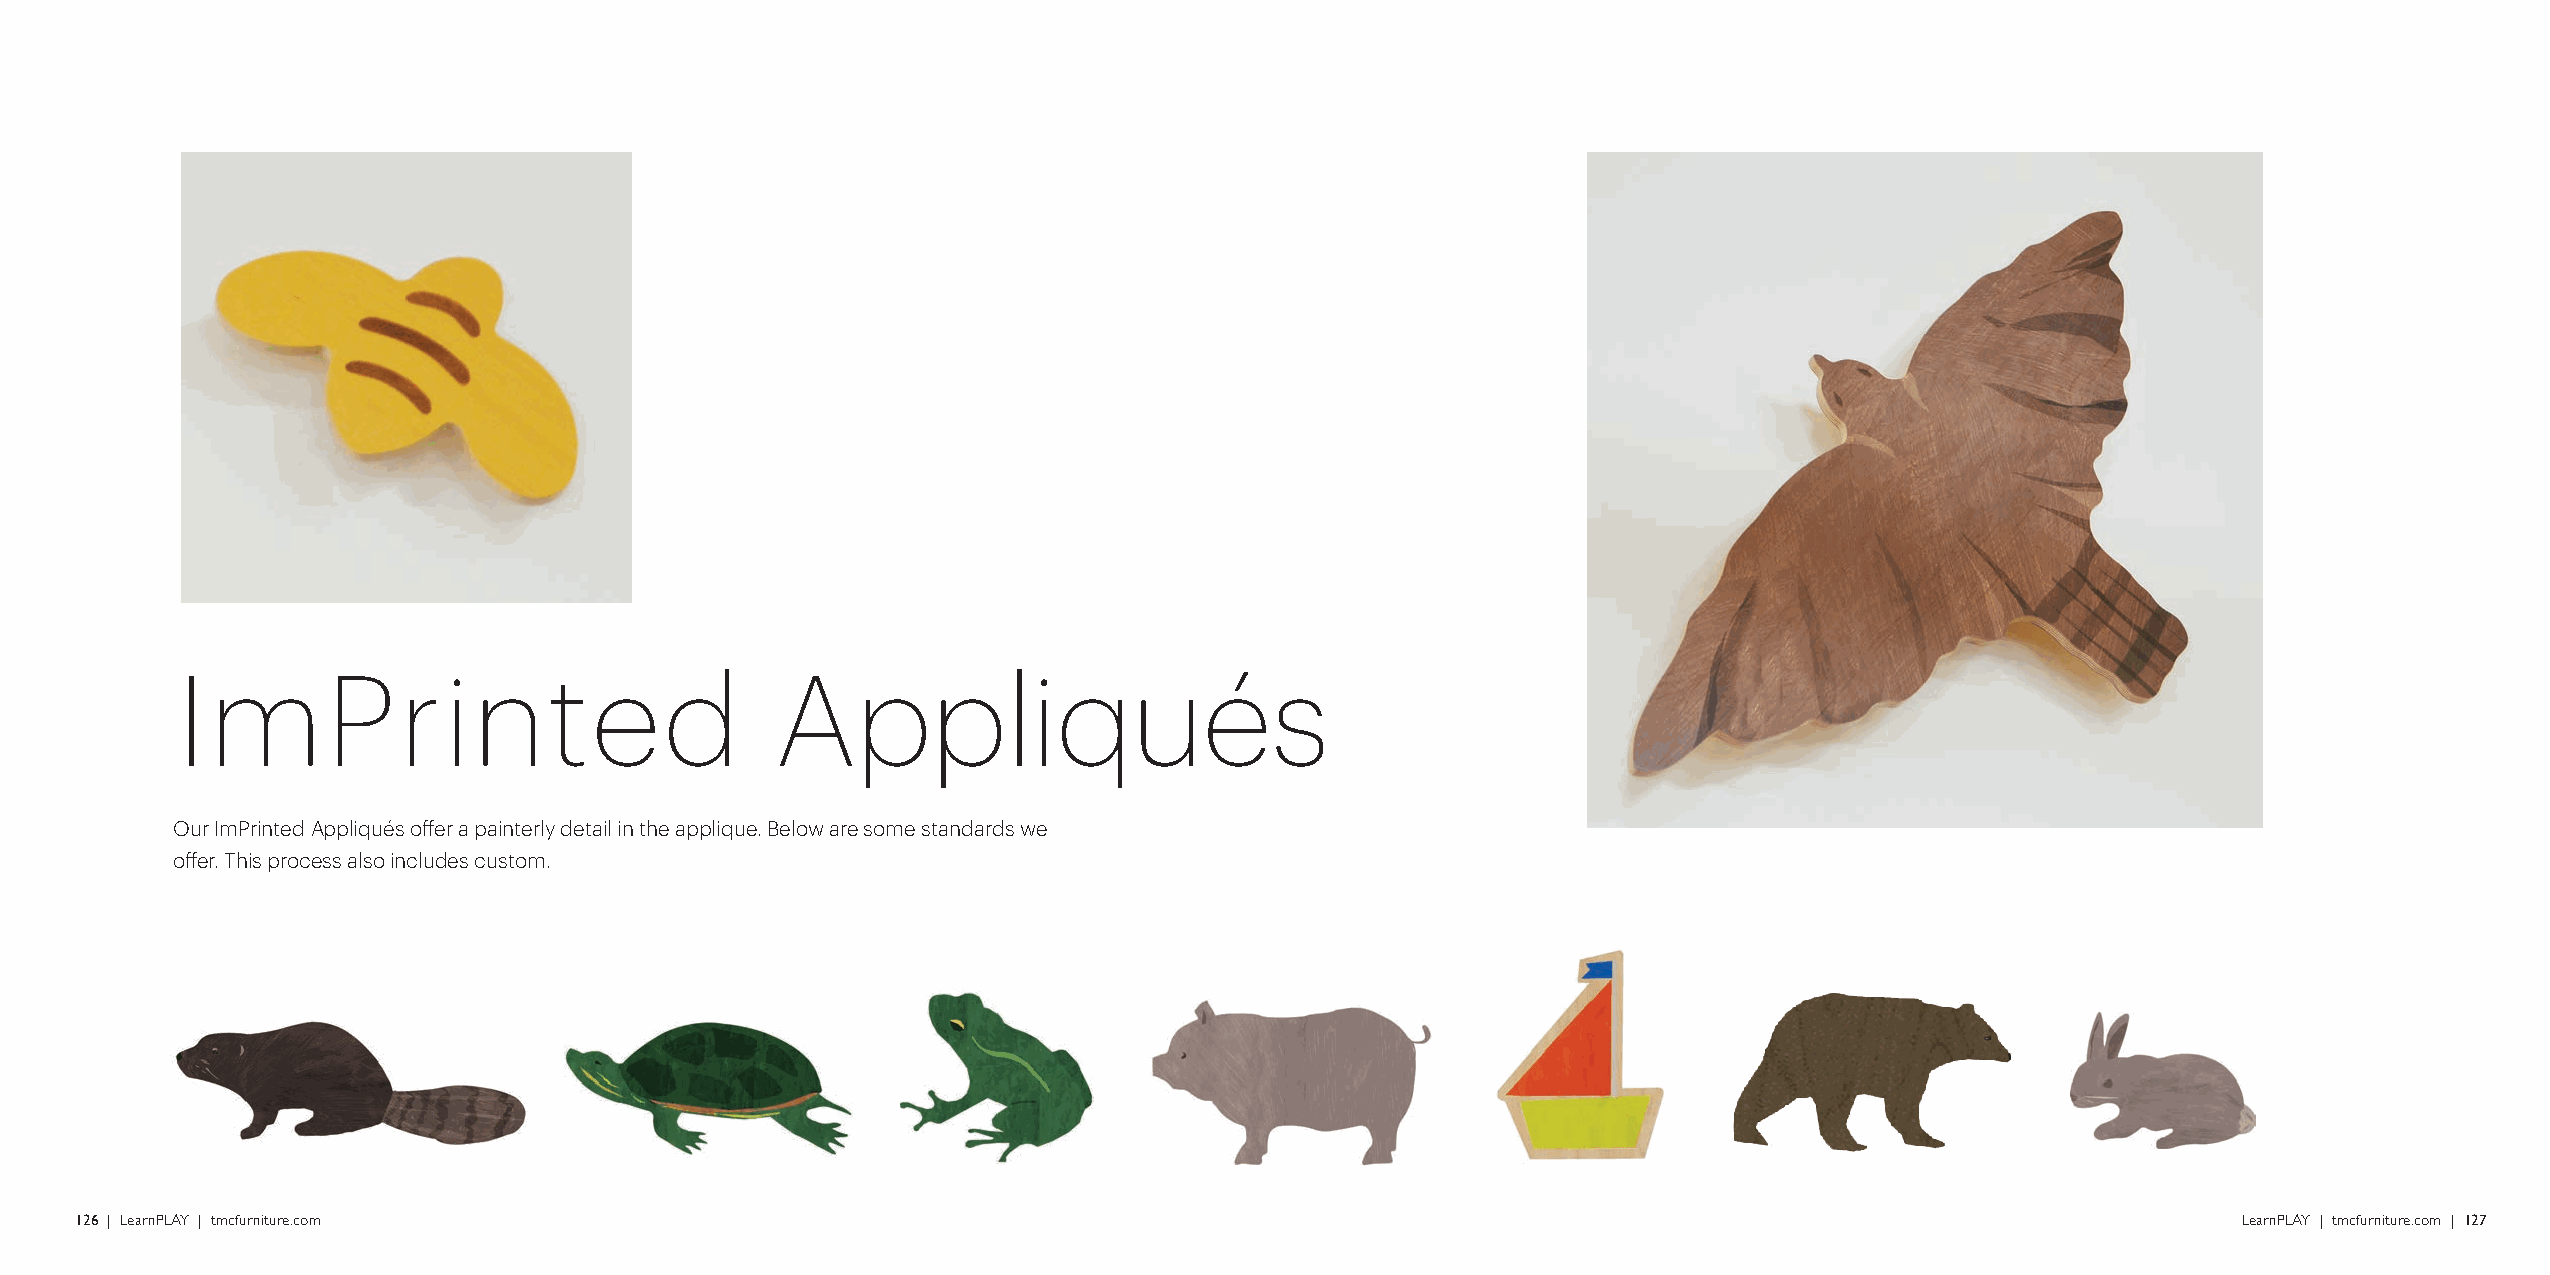
ImPrinted                              Appliqués
 Our ImPrinted Appliqués offer a painterly detail in the applique. Below are some standards we
 offer. This process also includes custom.
 126 | LearnPLAY | tmcfurniture.com                                                                                                             LearnPLAY | tmcfurniture.com | 127